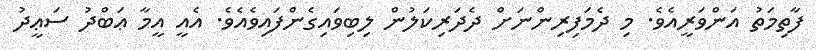
ފާތިމަތު އަންވަރީއެވެ. މި ދެމަފިރިންނަށް ދެދަރިކަލުން ލިބިވައިގެންފައިވެއެވެ. އެއީ އީމާ ޢަބްދު ސަޢީދު